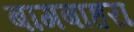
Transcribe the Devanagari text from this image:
बागबाहरा